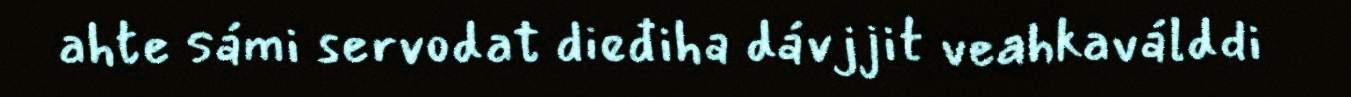
ahte sámi servodat dieđiha dávjjit veahkaválddi